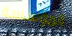
المؤسسة